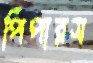
পিপারস